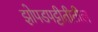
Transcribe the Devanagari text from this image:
झोपडपट्टीतीतील